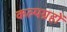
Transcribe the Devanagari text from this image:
कल्पग्रहों